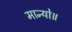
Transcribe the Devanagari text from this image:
मान्यो॥